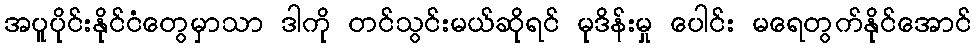
အပူပိုင်းနိုင်ငံတွေမှာသာ ဒါကို တင်သွင်းမယ်ဆိုရင် မုဒိန်းမှု ပေါင်း မရေတွက်နိုင်အောင်